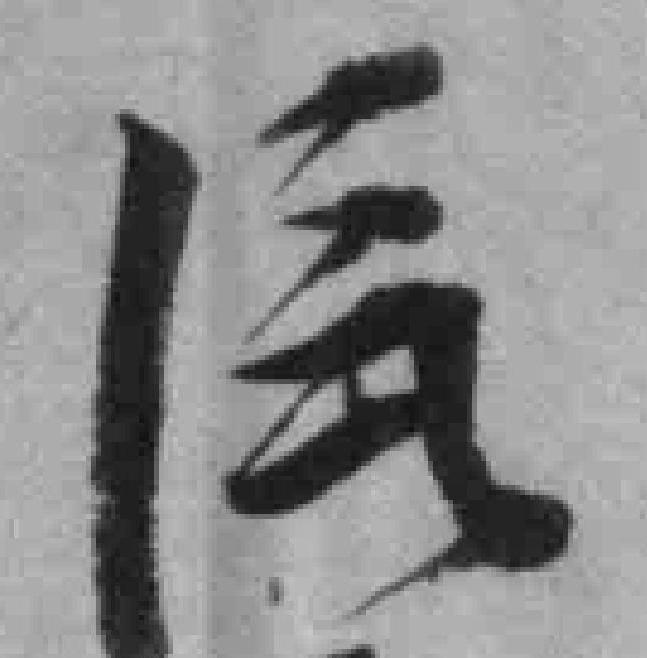
汽